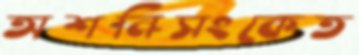
অশনিসংকেত